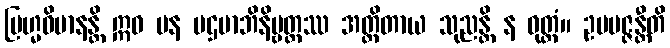
ဗြဟ္မဝိမာနန္တိ ဣဓ ပန ပဌမာဘိနိဗ္ဗတ္တဿ အတ္ထိတာယ သုညန္တိ န ဝုတ္တံ။ ဥပပဇ္ဇန္တီတိ